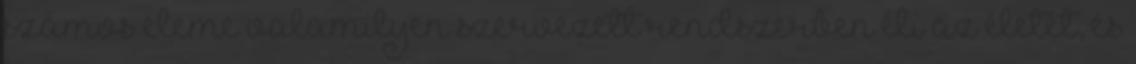
számos eleme valamilyen szervezett rendszerben éli az életét, és